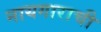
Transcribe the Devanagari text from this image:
नायगाराची